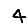
Digit: 4